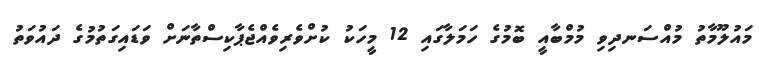
މައުލޫމާތު މުއްސަނދިވި މުމްބާއީ ބޮމުގެ ހަމަލާގައި 12 މީހަކު ކުށްވެރިވެއްޖެޕާކިސްތާނަށް ވަޑައިގަތުމުގެ ދައުވަތު